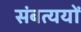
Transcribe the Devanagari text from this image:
संबत्ययों